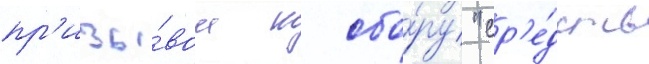
пр'изы́вом к сбо́ру "ср'е́дств